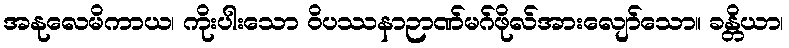
အနုလေမိကာယ၊ ကိုးပါးသော ဝိပဿနာဉာဏ်မဂ်ဖိုလ်အားလျော်သော။ ခန္တိယာ၊